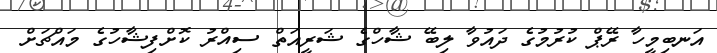
އަނބިމީހާ ރޭޕް ކުރުމުގެ ދައުވާ ލިބޭ ޝާހްގެ ޝަރީއަތް ސިއްރު ކޮށްފިޝާހުގެ މައްޗަށް